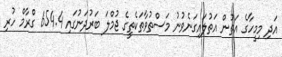
އަދި މިމީހާގެ އަތުން އަތުލައިގަނެވުނު މަސްތުވާތަކެތީގެ ޖުމްލަ ބަރުދަނުގައި 654.4 ގްރާމް ހުރި